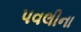
પવલીના